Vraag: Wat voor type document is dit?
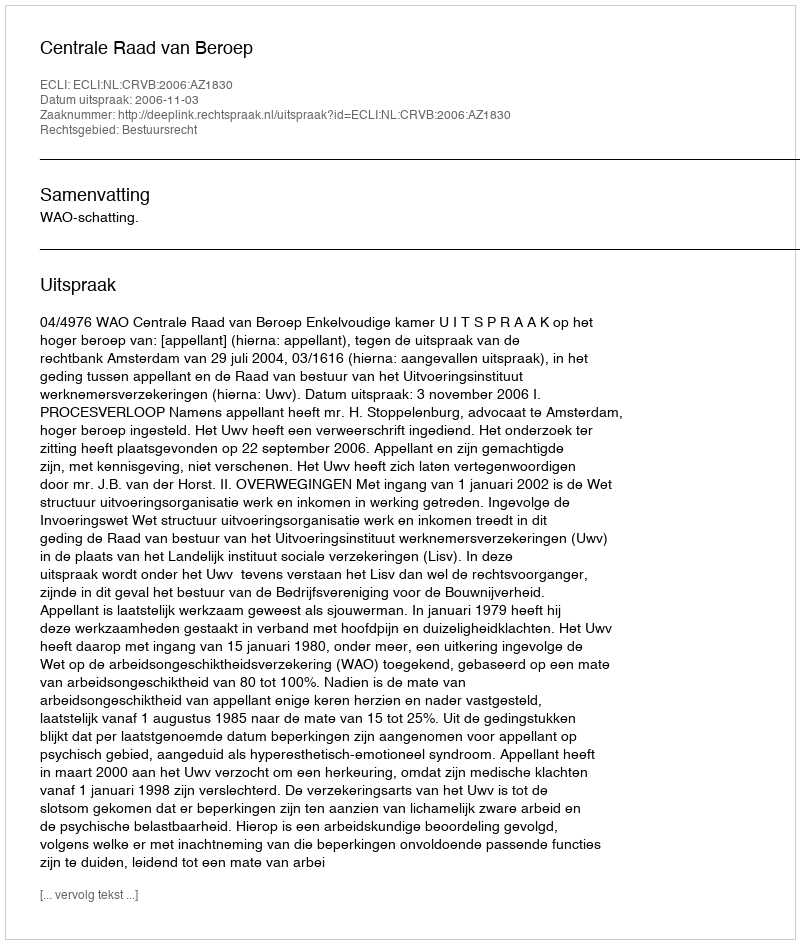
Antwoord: Uitspraak